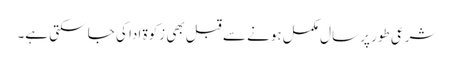
شرعی طور پر سال مکمل ہونے سے قبل بھی زکوۃ ادا کی جا سکتی ہے۔